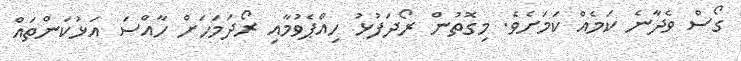
ގޯސް ވެދާނެ ކަމެއް ކަމަށެވެ. މިގޮތުން ރޯދަފުޅު ހިއްޕެވުމާއި ރޯދަމަހަށް ހާއްސަ އަޅުކަންތައް